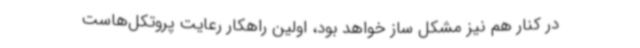
در کنار هم نیز مشکل ساز خواهد بود، اولین راهکار رعایت پروتکل‌هاست